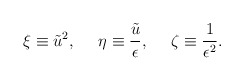
\begin{align*}\xi \equiv \tilde{u}^2,\: \: \: \: \: \: \eta \equiv \frac {\tilde{u}}{\epsilon},\: \: \: \: \: \: \zeta \equiv \frac{1}{\epsilon^2}.\end{align*}